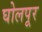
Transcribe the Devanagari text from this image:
घोलपूर